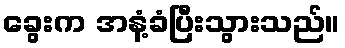
ခွေးက အနံ့ခံပြီးသွားသည်။